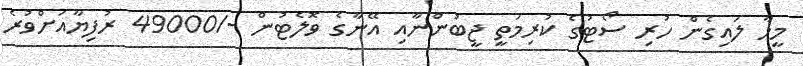
މީހާ ލައިގެން ހުރި ސޯޓުގެ ކުރިމަތީ ޖީބުންނާއި އޭނާގެ ވޮލެޓުން -/49000 ރުފިޔާއަށްވުރެ